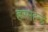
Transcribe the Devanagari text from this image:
हरमहेन्द्र